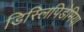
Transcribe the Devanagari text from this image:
डिस्लिपिडेमिया